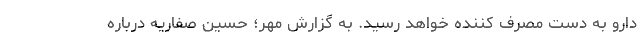
دارو به دست مصرف کننده خواهد رسید. به گزارش مهر؛ حسین صفاریه درباره